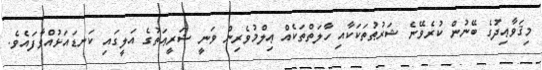
މިޤަވާޢިދުގެ ބޭނުން ކުރެވޭނެ ޝަރުޠުތަކަކާއި ހާލަތްތަކެއް ޢިލްމުވެރިން ވަނީ ޝަރީޢަތުގެ އަލީގައި ކަނޑައަޅުއްވާފައެވެ.